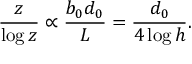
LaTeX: \frac { z } { \log z } \propto \frac { b _ { 0 } d _ { 0 } } { L } = \frac { d _ { 0 } } { 4 \log h } .